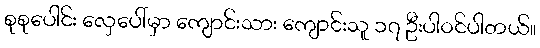
စုစုပေါင်း လှေပေါ်မှာ ကျောင်းသား ကျောင်းသူ ၁၇ ဦးပါဝင်ပါတယ်။